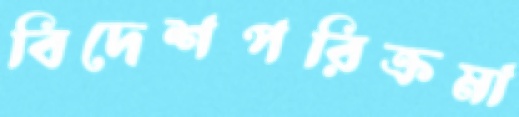
বিদেশপরিক্রমা